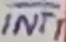
Text: INT1